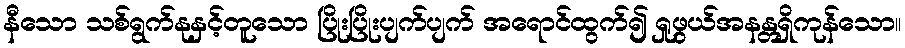
နီသော သစ်ရွက်နုနှင့်တူသော ပြိုးပြိုးပျက်ပျက် အရောင်ထွက်၍ ရှုဖွယ်အနန္တရှိကုန်သော။